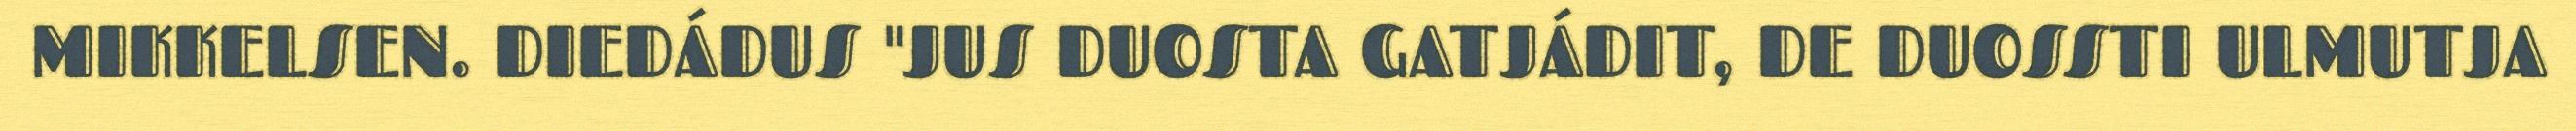
MIKKELSEN. DIEDÁDUS "JUS DUOSTA GATJÁDIT, DE DUOSSTI ULMUTJA